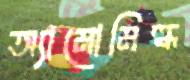
অ্যামোমিল্ক